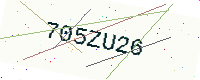
Text: 705ZU26